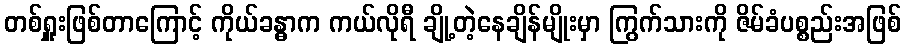
တစ်ရှူးဖြစ်တာကြောင့် ကိုယ်ခန္ဓာက ကယ်လိုရီ ချို့တဲ့နေချိန်မျိုးမှာ ကြွက်သားကို ဇိမ်ခံပစ္စည်းအဖြစ်